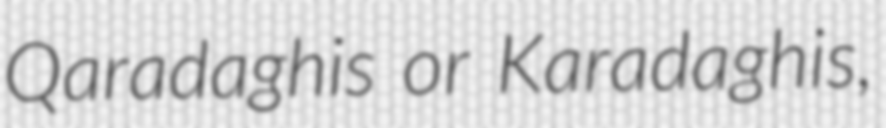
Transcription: Qaradaghis or Karadaghis,